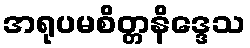
အရုပမစိတ္တနိဒ္ဒေသ